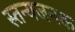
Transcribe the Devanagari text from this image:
स्तन्यजनक